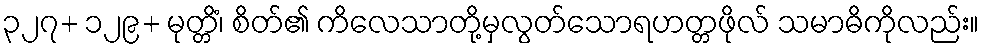
၃၂၇+ ၁၂၉+ မုတ္တိံ၊ စိတ်၏ ကိလေသာတို့မှလွတ်သောရဟတ္တဖိုလ် သမာဓိကိုလည်း။